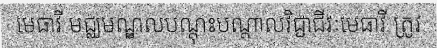
មេធាវី មជ្ឈមណ្ឌលបណ្តុះបណ្តាលវិជ្ជាជីវៈមេធាវី ត្រូវ